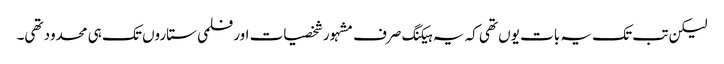
لیکن تب تک یہ بات یوں تھی کہ یہ ہیکنگ صرف مشہور شخصیات اور فلمی ستاروں تک ہی محدود تھی۔